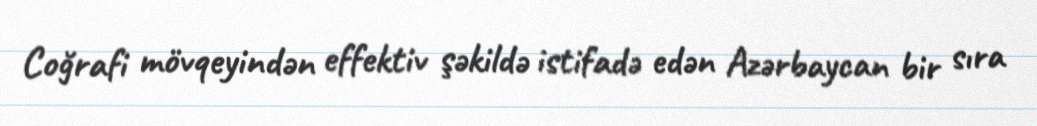
Coğrafi mövqeyindən effektiv şəkildə istifadə edən Azərbaycan bir sıra